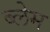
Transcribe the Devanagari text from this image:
ब्लेम